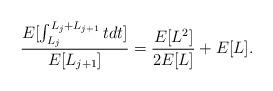
LaTeX: \begin{align*}\frac{E[\int_{L_j}^{L_j+L_{j+1}}t dt]}{E[L_{j+1}]}=\frac{E[L^2]}{2E[L]}+E[L]. \end{align*}